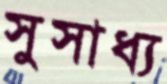
সুসাধ্য